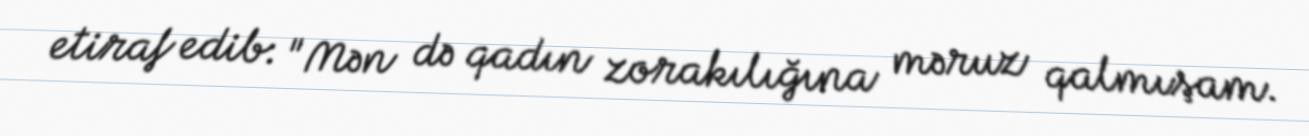
etiraf edib: "Mən də qadın zorakılığına məruz qalmışam.